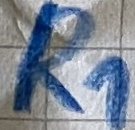
Text: R1